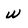
Character: w